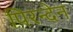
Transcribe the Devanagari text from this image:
पिरन्देन